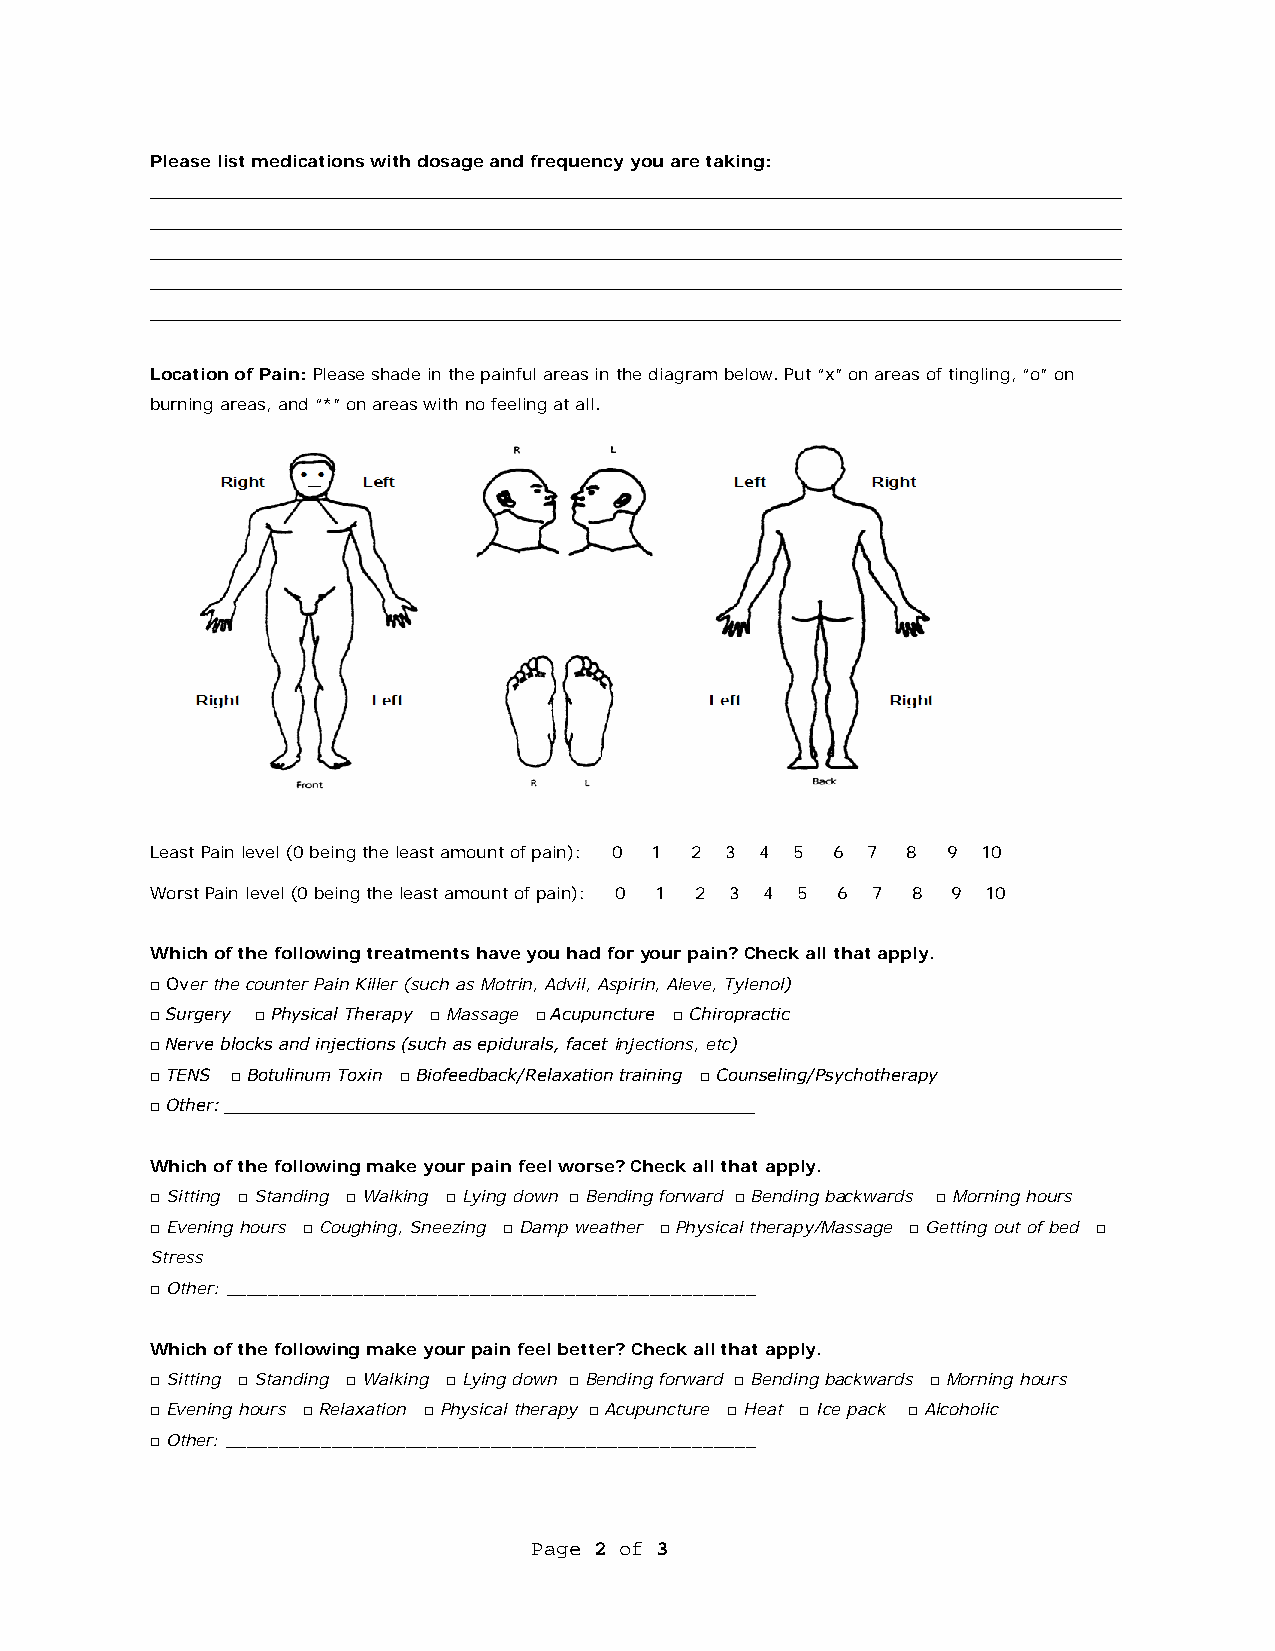
Please list medications with dosage and frequency you are taking:
 __________________________________________________________________________________
 __________________________________________________________________________________
 __________________________________________________________________________________
 __________________________________________________________________________________
 __________________________________________________________________________________
 Location of Pain: Please shade in the painful areas in the diagram below. Put “x” on areas of tingling, “o” on
 burning areas, and “*” on areas with no feeling at all.
 Least Pain level (0 being the least amount of pain): 0 1 2 3 4 5 6 7 8 9 10
 Worst Pain level (0 being the least amount of pain): 0 1 2 3 4 5 6 7 8 9 10
 Which of the following treatments have you had for your pain? Check all that apply.
 □ Over the counter Pain Killer (such as Motrin, Advil, Aspirin, Aleve, Tylenol)
 □ Surgery □ Physical Therapy □ Massage □ Acupuncture □ Chiropractic
 □ Nerve blocks and injections (such as epidurals, facet injections, etc)
 □ TENS □ Botulinum Toxin □ Biofeedback/Relaxation training □ Counseling/Psychotherapy
 □ Other: __________________________________________________
 Which of the following make your pain feel worse? Check all that apply.
 □ Sitting □ Standing □ Walking □ Lying down □ Bending forward □ Bending backwards □ Morning hours
 □ Evening hours □ Coughing, Sneezing □ Damp weather □ Physical therapy/Massage □ Getting out of bed □
 Stress
 □ Other: __________________________________________________
 Which of the following make your pain feel better? Check all that apply.
 □ Sitting □ Standing □ Walking □ Lying down □ Bending forward □ Bending backwards □ Morning hours
 □ Evening hours □ Relaxation □ Physical therapy □ Acupuncture □ Heat □ Ice pack □ Alcoholic
 □ Other: __________________________________________________
 Page 2 of 3